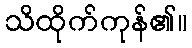
သိထိုက်ကုန်၏။